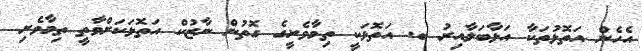
އެހެން އަތޮޅުތަކާ އަޅާބަލާއިރު ބ. އަތޮޅަކީ ތިމާވެށީގެ ގޮތުން ނާޒުކް އަތޮޅަކަށްވާތީ ތިމާވެށި